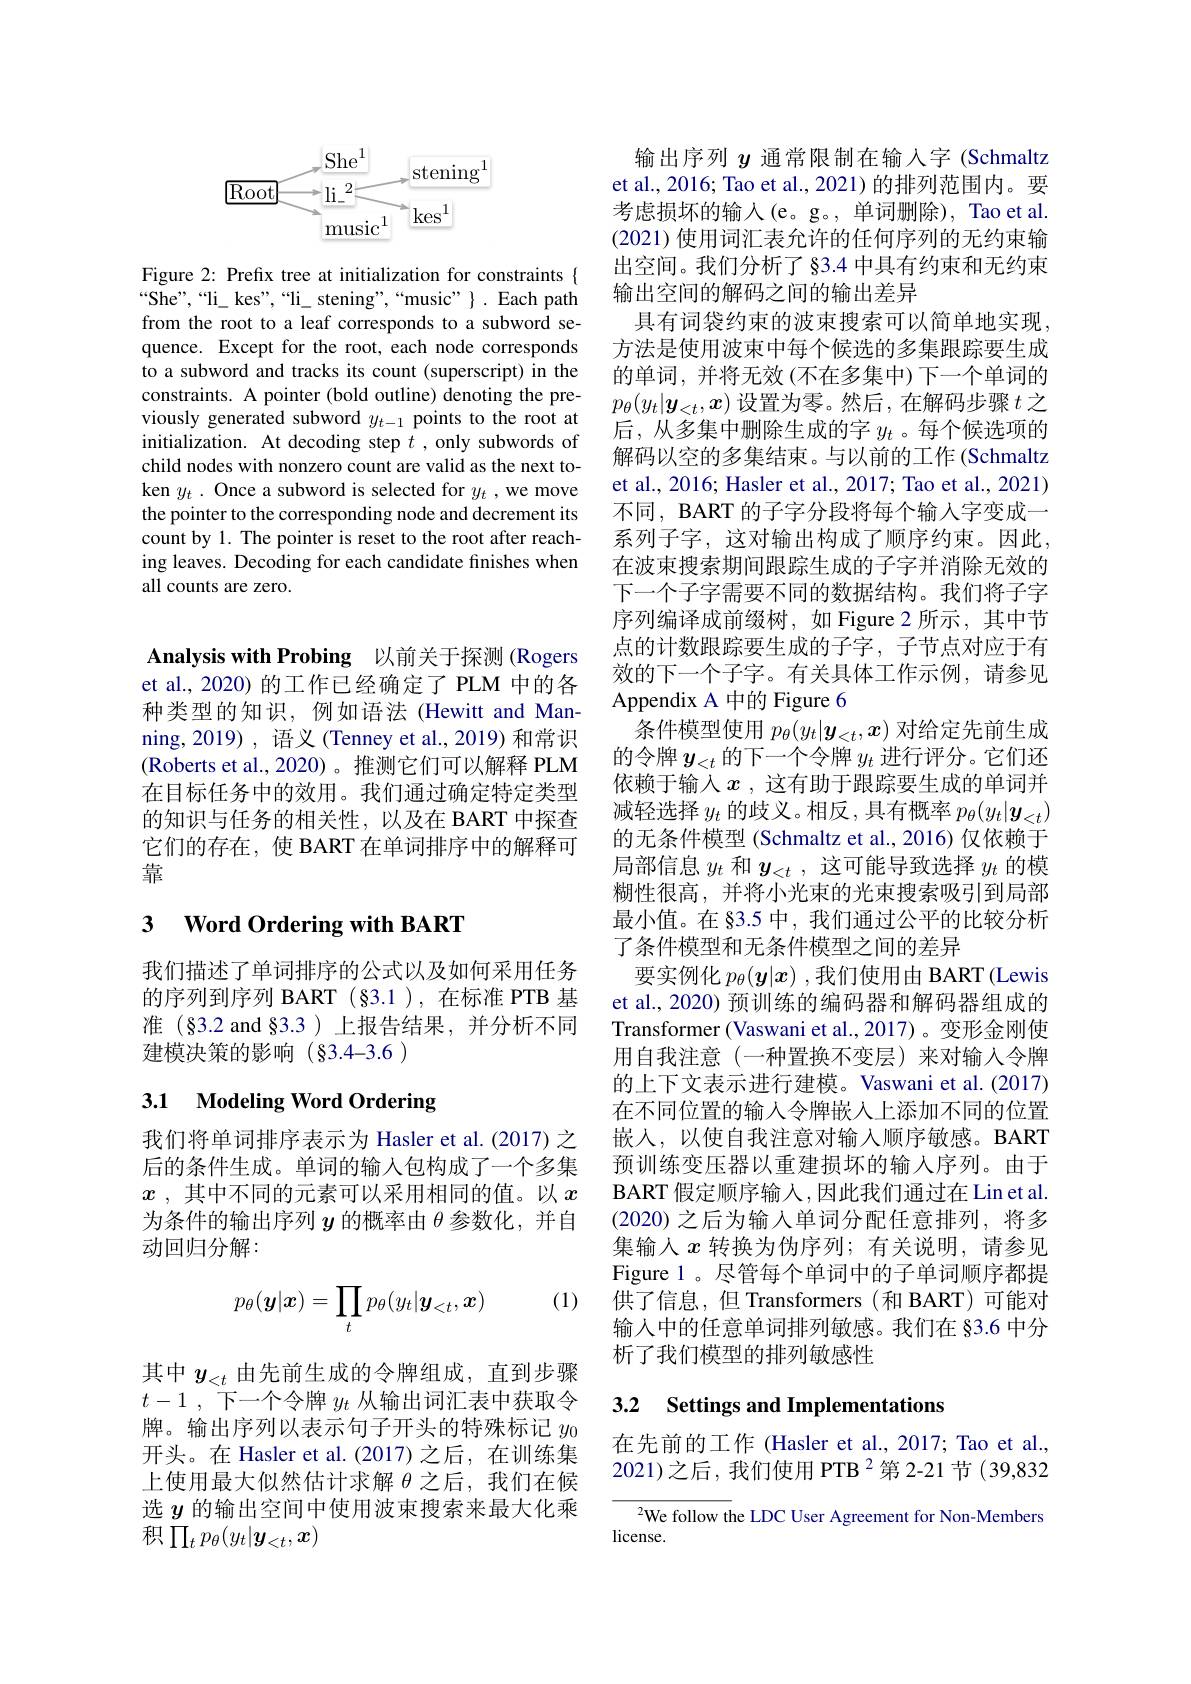
<FigureHere>

Figure 2: Prefix tree at initialization for constraints $\{$ $“$She",“li\_ kes”,“li\_ stening”,“music” $\}.$ Each path from the root to a leaf corresponds to a subword sequence. Except for the root, each node corresponds to a subword and tracks its count (superscript) in the constraints. A pointer (bold outline) denoting the previously generated subword $y_{t-1}$ points to the root at initialization. At decoding step $t$ ,only subwords of child nodes with nonzero count are valid as the next token $y_{t}.$ Once a subword is selected for $y_{t}$,we move the pointer to the corresponding node and decrement its count by 1. The pointer is reset to the root after reaching leaves. Decoding for each candidate finishes when all counts are zero.

Analysis with Probing 以前关于探测 (Rogers

et al., 2020) 的工作已经确定了 PLM 中的各种类型的知识，例如语法(Hewitt and Manning,2019) , 语义 (Tenney et al.,2019) 和常识(Roberts et al.,2020)。推测它们可以解释 PLM 在目标任务中的效用。我们通过确定特定类型的知识与任务的相关性，以及在 BART 中探查它们的存在，使 BART 在单词排序中的解释可靠

## 3 $\textbf{Word Ordering with BART}$

我们描述了单词排序的公式以及如何采用任务的序列到序列 BART(§3.1),在标准 PTB 基准(§3.2 and§3.3)上报告结果，并分析不同建模决策的影响(§3.4-3.6)

# 3.1 Modeling Word Ordering

我们将单词排序表示为 Hasler et al.(2017) 之后的条件生成。单词的输入包构成了一个多集$x$ ,其中不同的元素可以采用相同的值。以$x$ 为条件的输出序列$y$的概率由$\theta$参数化，并自动回归分解：

(1)
$$p_\theta(\boldsymbol{y}|\boldsymbol{x})=\prod_tp_\theta(y_t|\boldsymbol{y}_{<t},\boldsymbol{x})$$
其中$y_{<t}$由先前生成的令牌组成，直到步骤$t- 1$ ,下一个令牌$y_t$从输出词汇表中获取令牌。输出序列以表示句子开头的特殊标记$y_0$ 开头。在 Hasler et al.(2017)之后，在训练集上使用最大似然估计求解$\theta$之后，我们在候选$y$的输出空间中使用波束搜索来最大化乘积$\prod_tp_\theta(y_t|\boldsymbol{y}_{<t},\boldsymbol{x})$

输出序列$y$通常限制在输入字 (Schmaltz et al., 2016; Tao et al., 2021) 的排列范围内。要考虑损坏的输入(e。g。,单词删除), Tao et al. (2021) 使用词汇表允许的任何序列的无约束输出空间。我们分析了 §3.4 中具有约束和无约束输出空间的解码之间的输出差异
具有词袋约束的波束搜索可以简单地实现， 方法是使用波束中每个候选的多集跟踪要生成的单词，并将无效(不在多集中)下一个单词的$p_\theta(y_t|\boldsymbol{y}_{<t},\boldsymbol{x})$设置为零。然后，在解码步骤$t$之后，从多集中删除生成的字$y_t$ 。每个候选项的解码以空的多集结束。与以前的工作(Schmaltz et al., 2016; Hasler et al., 2017; Tao et al., 2021) 不同，BART 的子字分段将每个输人字变成一系列子字，这对输出构成了顺序约束。因此， 在波束搜索期间跟踪生成的子字并消除无效的下一个子字需要不同的数据结构。我们将子字序列编译成前缀树，如 Figure 2 所示，其中节点的计数跟踪要生成的子字，子节点对应于有效的下一个子字。有关具体工作示例，请参见Appendix A 中的 Figure 6
条件模型使用$p_\theta(y_t|\boldsymbol{y}_{<t},x)$对给定先前生成的令牌$y_{<t}$的下一个令牌$y_t$进行评分。它们还依赖于输入$x$ ,这有助于跟踪要生成的单词并减轻选择$y_t$的歧义。相反，具有概率$p_\theta(y_t|\boldsymbol{y}_{<t})$ 的无条件模型 (Schmaltz et al.,2016) 仅依赖于局部信息$y_t$和$y_{<t}$ ,这可能导致选择$y_t$的模糊性很高，并将小光束的光束搜索吸引到局部最小值。在 §3.5 中，我们通过公平的比较分析了条件模型和无条件模型之间的差异
要实例化$p_\theta(\boldsymbol{y}|\boldsymbol{x})$ ,我们使用由 BART (Lewis et al., 2020) 预训练的编码器和解码器组成的Transformer (Vaswani et al.,2017)。变形金刚使用自我注意(一种置换不变层)来对输入令牌的上下文表示进行建模。Vaswani et al.(2017) 在不同位置的输入令牌嵌入上添加不同的位置嵌人，以使自我注意对输入顺序敏感。BART 预训练变压器以重建损坏的输入序列。由于BART 假定顺序输入，因此我们通过在 Lin et al. (2020)之后为输入单词分配任意排列，将多集输入$x$转换为伪序列；有关说明，请参见Figure 1 。尽管每个单词中的子单词顺序都提供了信息，但 Transformers(和 BART)可能对输入中的任意单词排列敏感。我们在 §3.6 中分析了我们模型的排列敏感性

### 3.2 Settings and Implementations

在先前的工作 (Hasler et al., 2017; Tao et al., 2021)之后，我们使用 PTB$^2$第 2-21 节(39,832

$^{2}$We follow the LDC User Agreement for Non-Members
license.